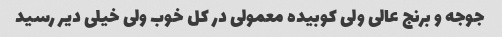
جوجه و برنج عالی ولی کوبیده معمولی در کل خوب ولی خیلی دیر رسید